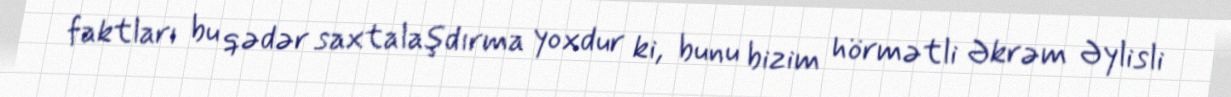
faktları bu qədər saxtalaşdırma yoxdur ki, bunu bizim hörmətli Əkrəm Əylisli